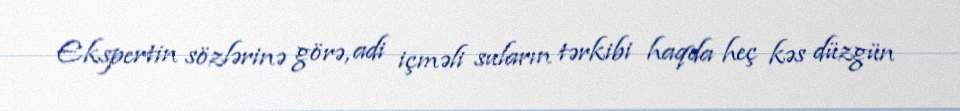
Ekspertin sözlərinə görə, adi içməli suların tərkibi haqda heç kəs düzgün